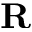
\textbf { R }